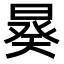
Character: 𣉉